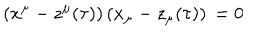
LaTeX: ( x ^ { \mu } - z ^ { \mu } ( \tau ) ) \, ( x _ { \mu } - z _ { \mu } ( \tau ) ) \, = 0